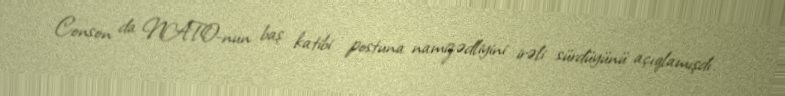
Conson da NATO-nun baş katibi postuna namizədliyini irəli sürdüyünü açıqlamışdı.